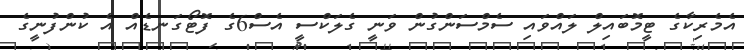
އެމެރިކާގެ ޓީމޮބައިލް ލައްވައި ސެމްސަންގުން ވަނީ ގެލަކްސީ އެސް6ގެ ފޮޓޯގަނޑެއް އެ ކުންފުނީގެ